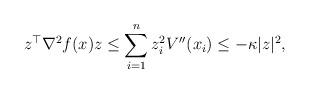
LaTeX: \begin{align*}z^\top\nabla^2f(x) z &\le \sum_{i=1}^n z_i^2V''(x_i) \le -\kappa |z|^2,\end{align*}